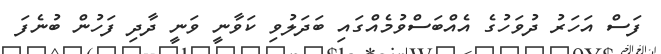
ފަސް އަހަރު ދުވަހުގެ އެއްބަސްވުމެއްގައި ބަދަލުވި ކަވާނީ ވަނީ ދާދި ފަހުން ބުނެފަ